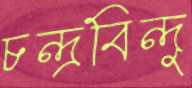
চন্দ্রবিন্দু